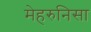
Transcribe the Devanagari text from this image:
मेहरुनिसा